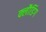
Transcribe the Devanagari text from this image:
क्लौडिंग